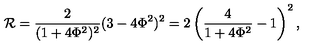
{ \cal R } = { \frac 2 { ( 1 + 4 \Phi ^ { 2 } ) ^ { 2 } } } ( 3 - 4 \Phi ^ { 2 } ) ^ { 2 } = 2 \left( { \frac 4 { 1 + 4 \Phi ^ { 2 } } - 1 } \right) ^ { 2 } ,